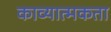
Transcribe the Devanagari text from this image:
काव्‍यात्‍मकता